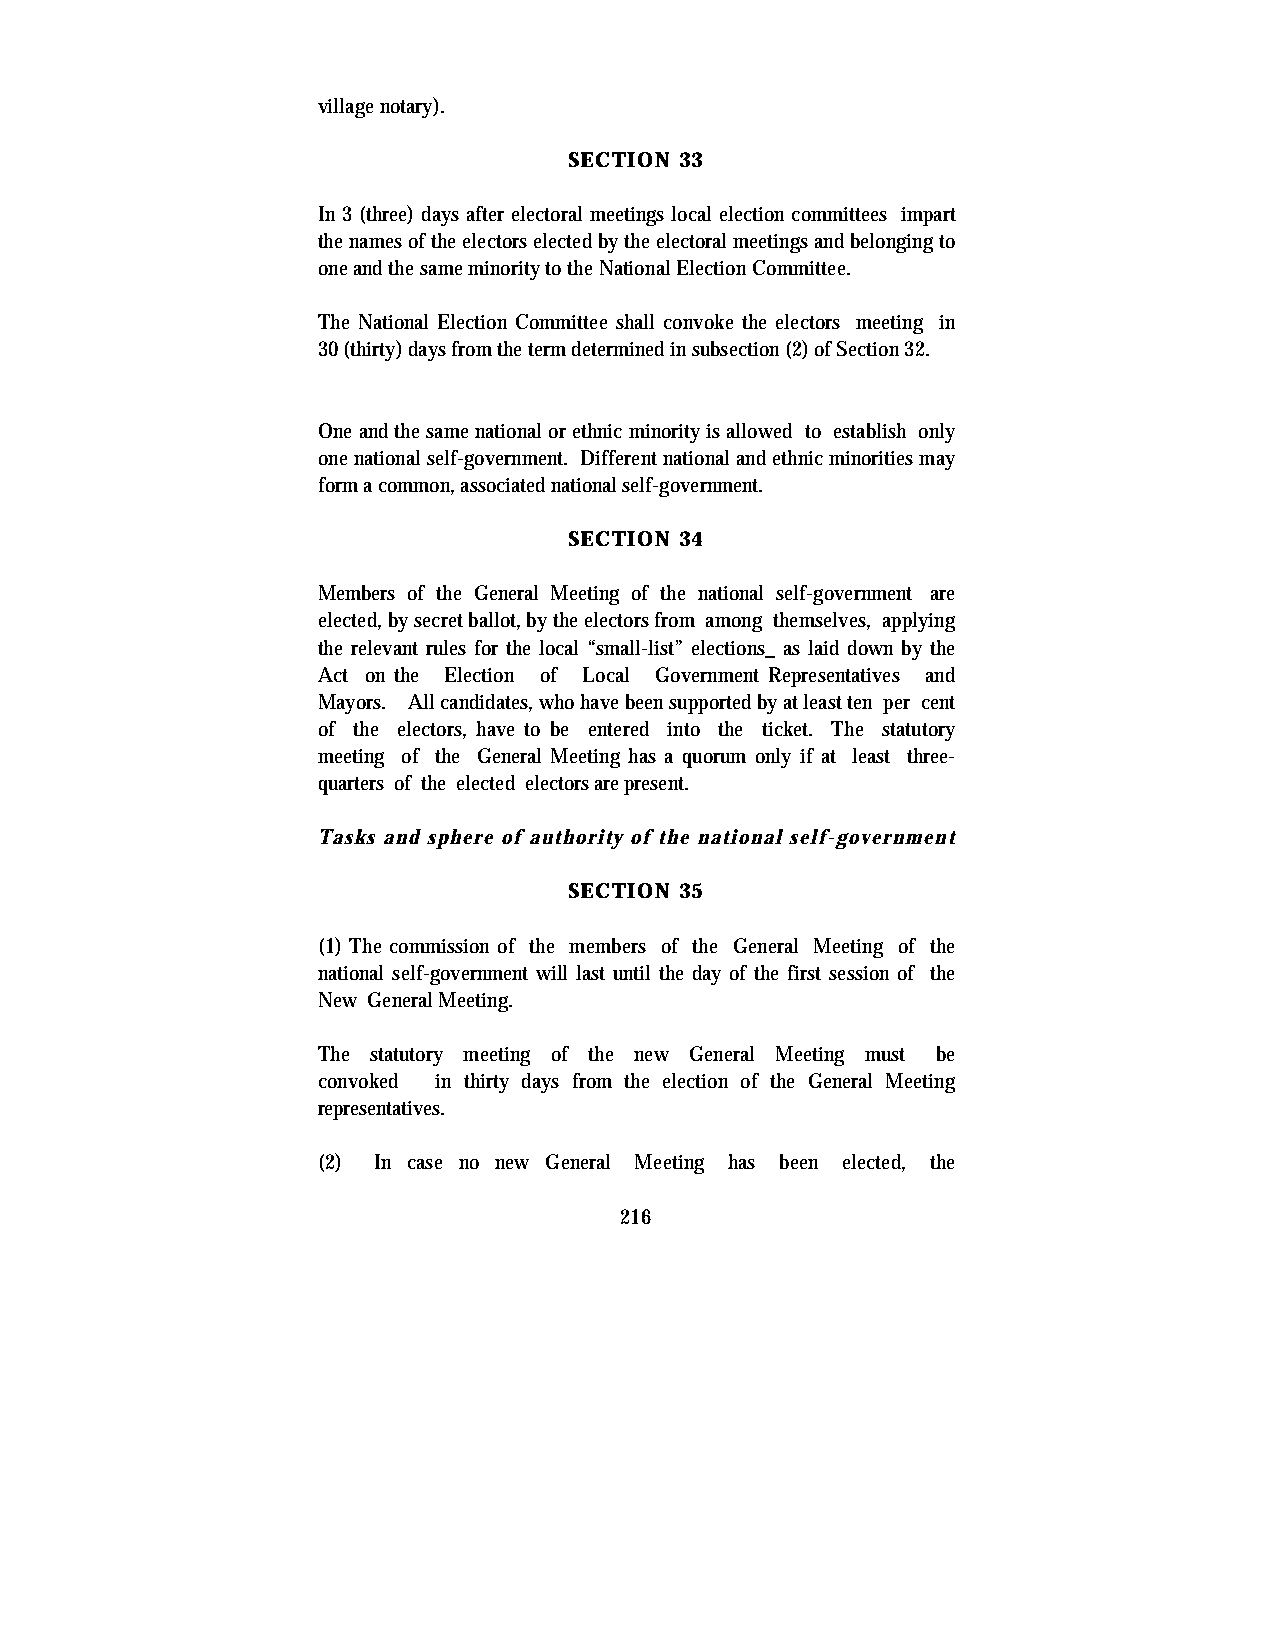
village notary).
 SECTION 33
 In 3 (three) days after electoral meetings local election committees impart
 the names of the electors elected by the electoral meetings and belonging to
 one and the same minority to the National Election Committee.
 The National Election Committee shall convoke the electors meeting in
 30 (thirty) days from the term determined in subsection (2) of Section 32.
 One and the same national or ethnic minority is allowed to establish only
 one national self-government. Different national and ethnic minorities may
 form a common, associated national self-government.
 SECTION 34
 Members of the General Meeting of the national self-government are
 elected, by secret ballot, by the electors from among themselves, applying
 the relevant rules for the local “small-list” elections_ as laid down by the
 Act on the Election of Local Government Representatives and
 Mayors. All candidates, who have been supported by at least ten per cent
 of the electors, have to be entered into the ticket. The statutory
 meeting of the General Meeting has a quorum only if at least three-
 quarters of the elected electors are present.
 Tasks and sphere of authority of the national self-government
 SECTION 35
 (1) The commission of the members of the General Meeting of the
 national self-government will last until the day of the first session of the
 New General Meeting.
 The statutory meeting of the new General Meeting must be
 convoked in thirty days from the election of the General Meeting
 representatives.
 (2) In case no new General Meeting has been elected, the
 216